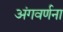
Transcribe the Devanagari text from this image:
अंगवर्णना